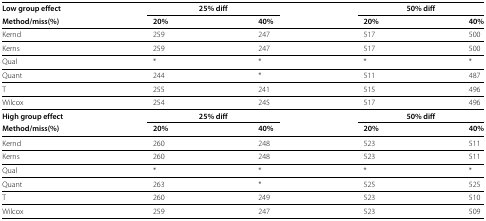
| Low group effect | <COLSPAN=2> 25% diff | <COLSPAN=2> 50% diff |
 | Method/miss(%) | 20% | 40% | 20% | 40% |
 | --- | --- | --- | --- | --- |
 | Kernd | 259 | 247 | 517 | 500 |
 | Kerns | 259 | 247 | 517 | 500 |
 | Qual | * | * | * | * |
 | Quant | 244 | * | 511 | 487 |
 | T | 255 | 241 | 515 | 496 |
 | Wilcox | 254 | 245 | 517 | 496 |
 | High group effect | <COLSPAN=2> 25% diff | <COLSPAN=2> 50% diff |
 | Method/miss(%) | 20% | 40% | 20% | 40% |
 | Kernd | 260 | 248 | 523 | 511 |
 | Kerns | 260 | 248 | 523 | 511 |
 | Qual | * | * | * | * |
 | Quant | 263 | * | 525 | 525 |
 | T | 260 | 249 | 523 | 510 |
 | Wilcox | 259 | 247 | 523 | 509 |